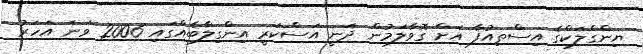
ޔިންގްލަކްގެ އިސްތިއުފާ އަށް ގޮވާލަމުން ދަނީ އަސްކަރީ އިންގިލާބެއްގައި 2006 ވަނަ އަހަރު